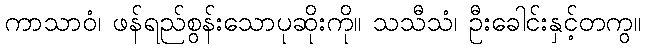
ကာသာဝံ၊ ဖန်ရည်စွန်းသောပုဆိုးကို။ သသီသံ၊ ဦးခေါင်းနှင့်တကွ။